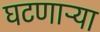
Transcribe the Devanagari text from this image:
घटणाऱ्या